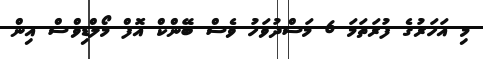
މި އަހަރުގެ ފުރަތަމަ 6 މަސްދުވަހު ވެސް ބޭންކް އޮފް މޯލްޑިވްސް އިން